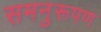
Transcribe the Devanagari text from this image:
समनुरूपण